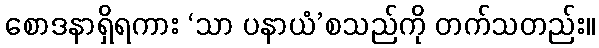
စောဒနာရှိရကား ‘သာ ပနာယံ’စသည်ကို တက်သတည်း။